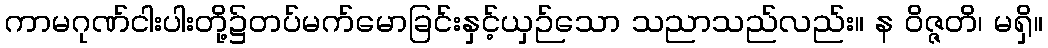
ကာမဂုဏ်ငါးပါးတို့၌တပ်မက်မောခြင်းနှင့်ယှဉ်သော သညာသည်လည်း။ န ဝိဇ္ဇတိ၊ မရှိ။